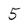
Character: 5